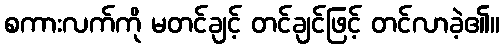
စကားလက်ကို မတင်ချင့် တင်ချင်ဖြင့် တင်လာခဲ့၏။